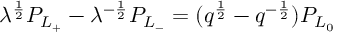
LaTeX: \lambda ^ { \frac { 1 } { 2 } } P _ { L _ { + } } - \lambda ^ { - { \frac { 1 } { 2 } } } P _ { L _ { - } } = ( q ^ { \frac { 1 } { 2 } } - q ^ { - { \frac { 1 } { 2 } } } ) P _ { L _ { 0 } }